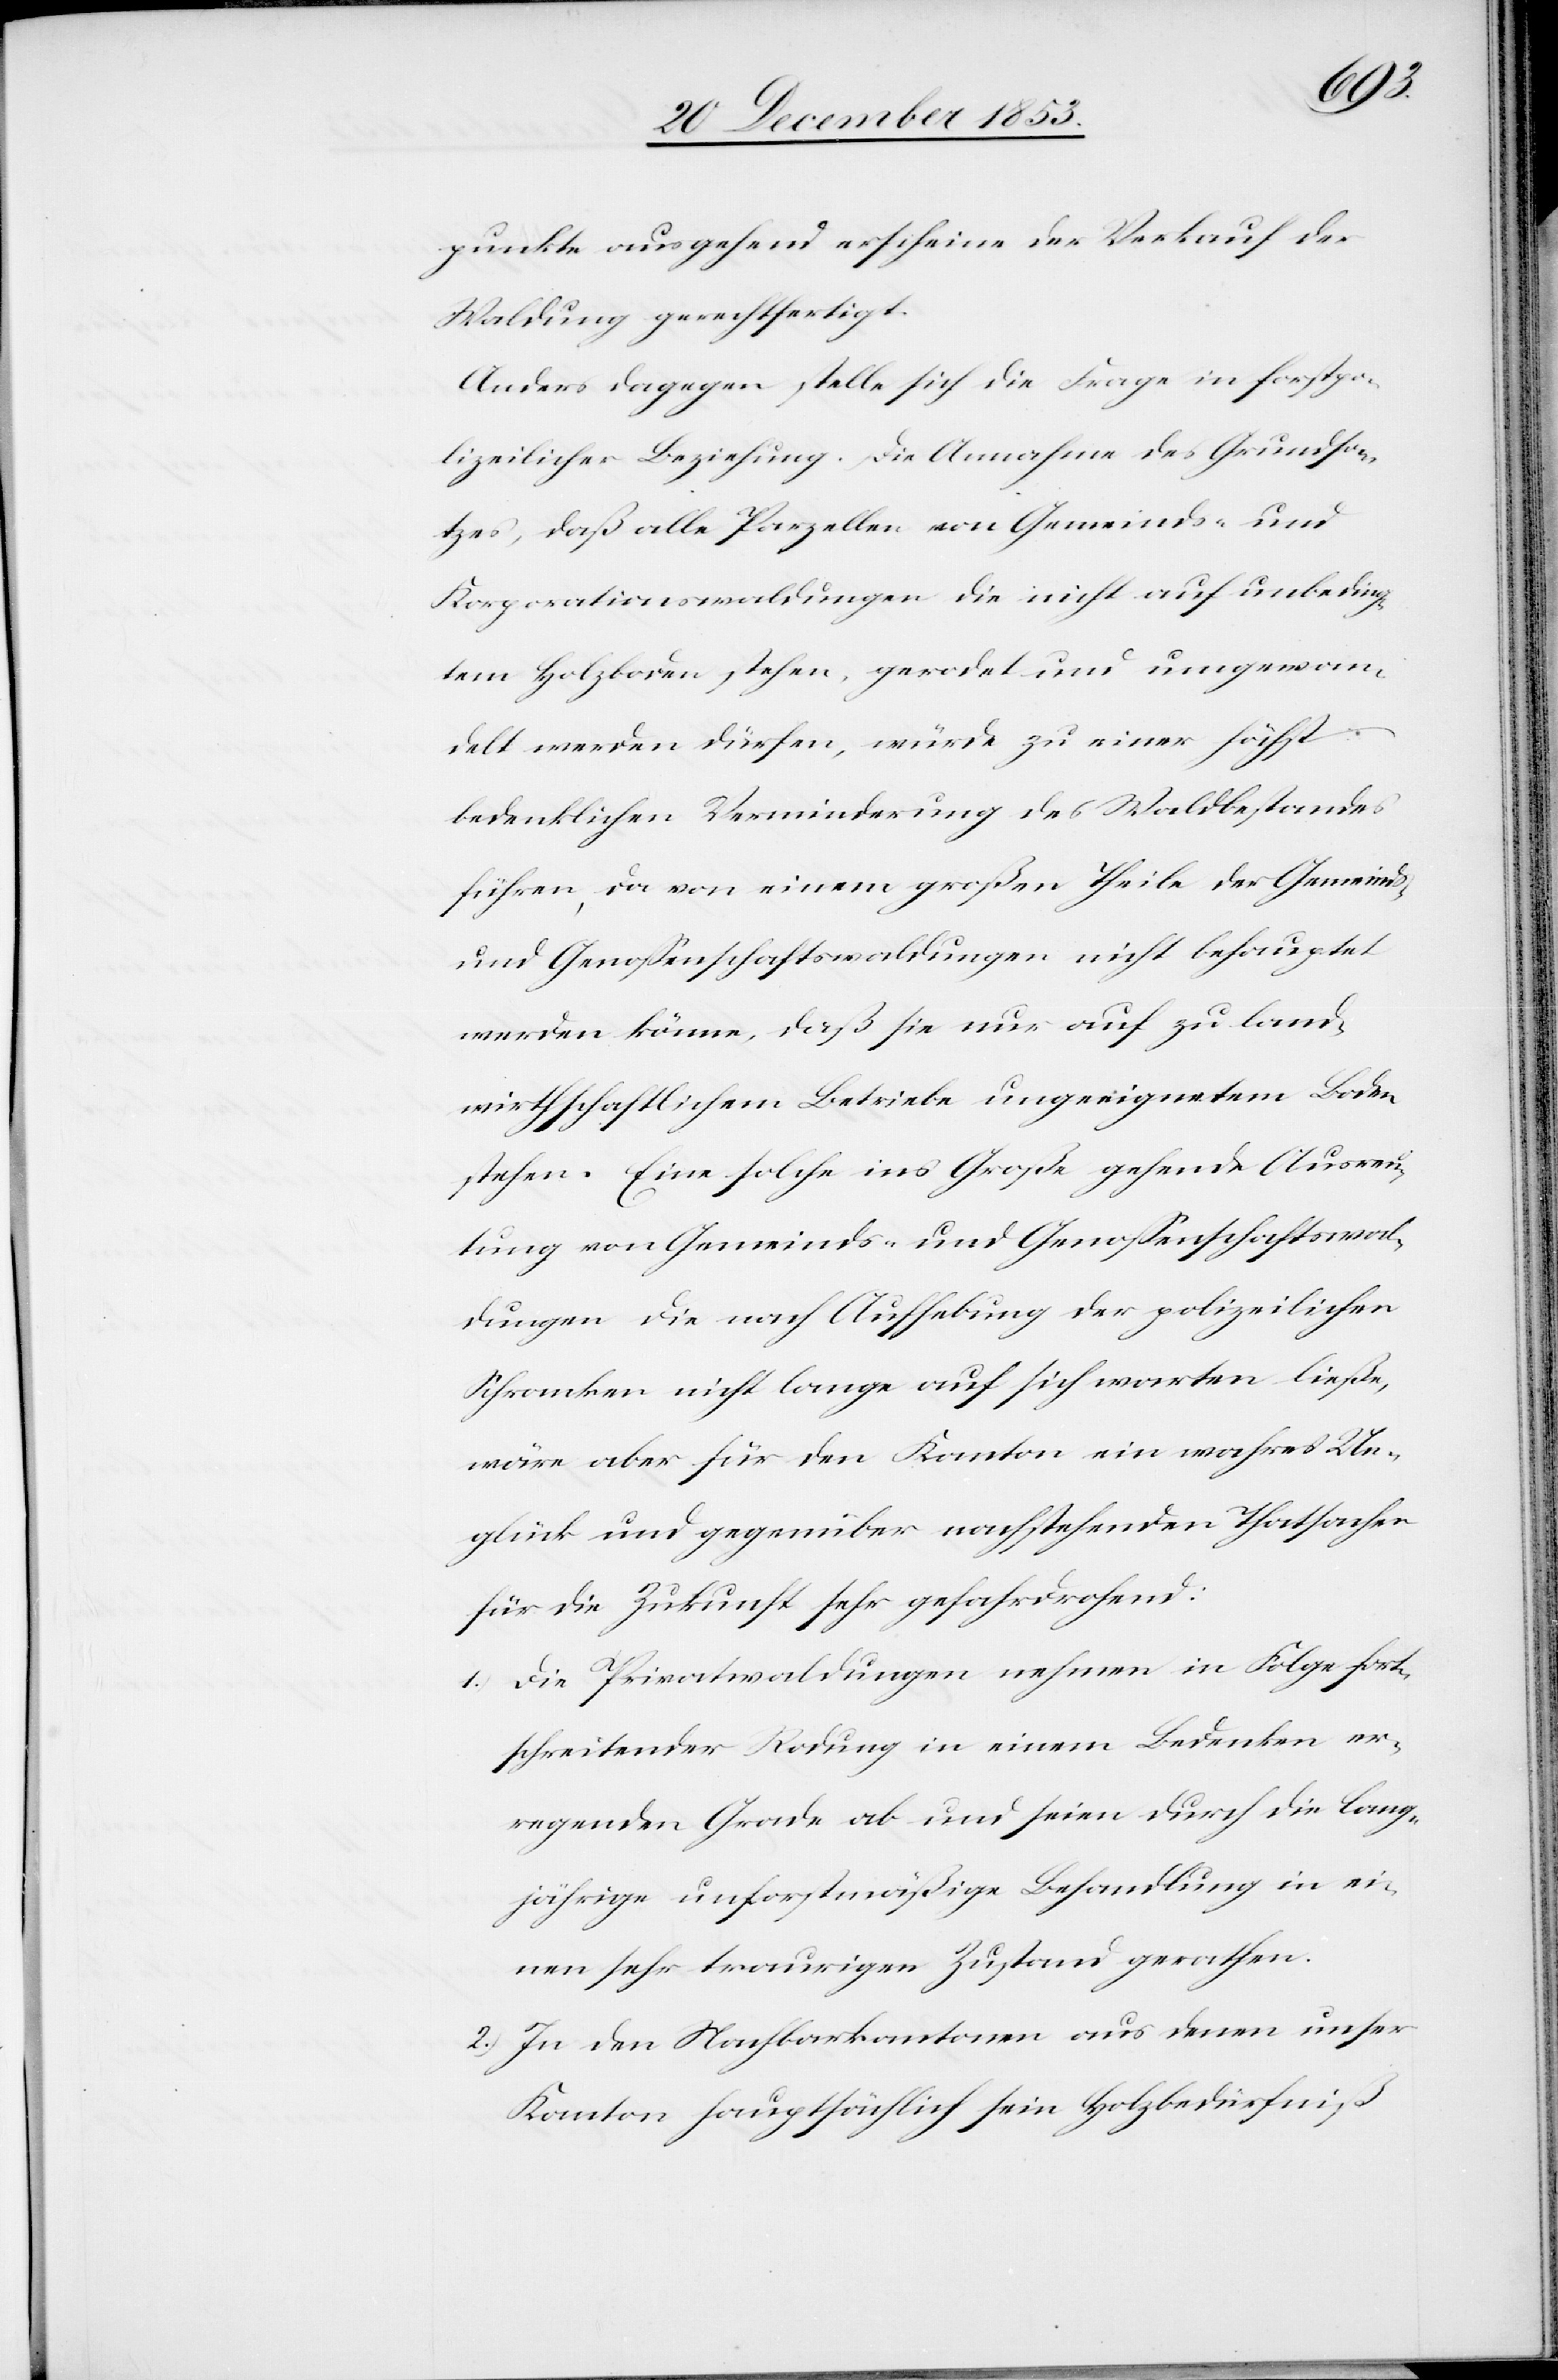
punkte ausgehend erscheine der Verkauf der
Waldung gerechtfertigt.
Anders dagegen stelle sich die Frage in forstpo¬
lizeilicher Beziehung. Die Annahme des Grundsa¬
tzes, daß alle Parzellen von Gemeinds- und
Korporationswaldungen die nicht auf unbeding¬
tem Holzboden stehen, gerodet und umgewan¬
delt werden dürfen, würde zu einer höchst
bedenklichen Verminderung des Waldbestandes
führen, da von einem großen Theile der Gemeinds-
und Genoßenschaftswaldungen nicht behauptet
werden könne, daß sie nur auf zu land¬
wirthschaftlichem Betriebe ungeeignetem Boden
stehen. Eine solche ins Große gehende Auswer¬
tung von Gemeinds- und Genoßenschaftswal¬
dungen die nach Aufhebung der polizeilichen
Schranken nicht lange auf sich warten ließe,
wäre aber für den Kanton ein wahres Un¬
glück und gegenüber nachstehenden Thatsachen
für die Zukunft sehr gefahrdrohend:
1.) Die Privatwaldungen nehmen in Folge fort¬
schreitender Rodung in einem Bedenken er¬
regenden Grade ab und seien durch die lang¬
jährige unforstmäßige Behandlung in ei¬
nen sehr traurigen Zustand gerathen.
2.) In den Nachbarkantonen aus denen unser
Kanton hauptsächlich sein Holzbedürfniß